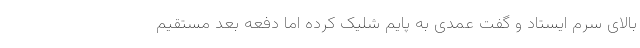
بالای سرم ایستاد و گفت عمدی به پایم شلیک کرده اما دفعه بعد مستقیم